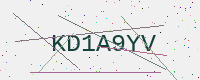
Text: KD1A9YV